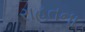
રાહતના